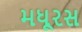
મધૂરસ